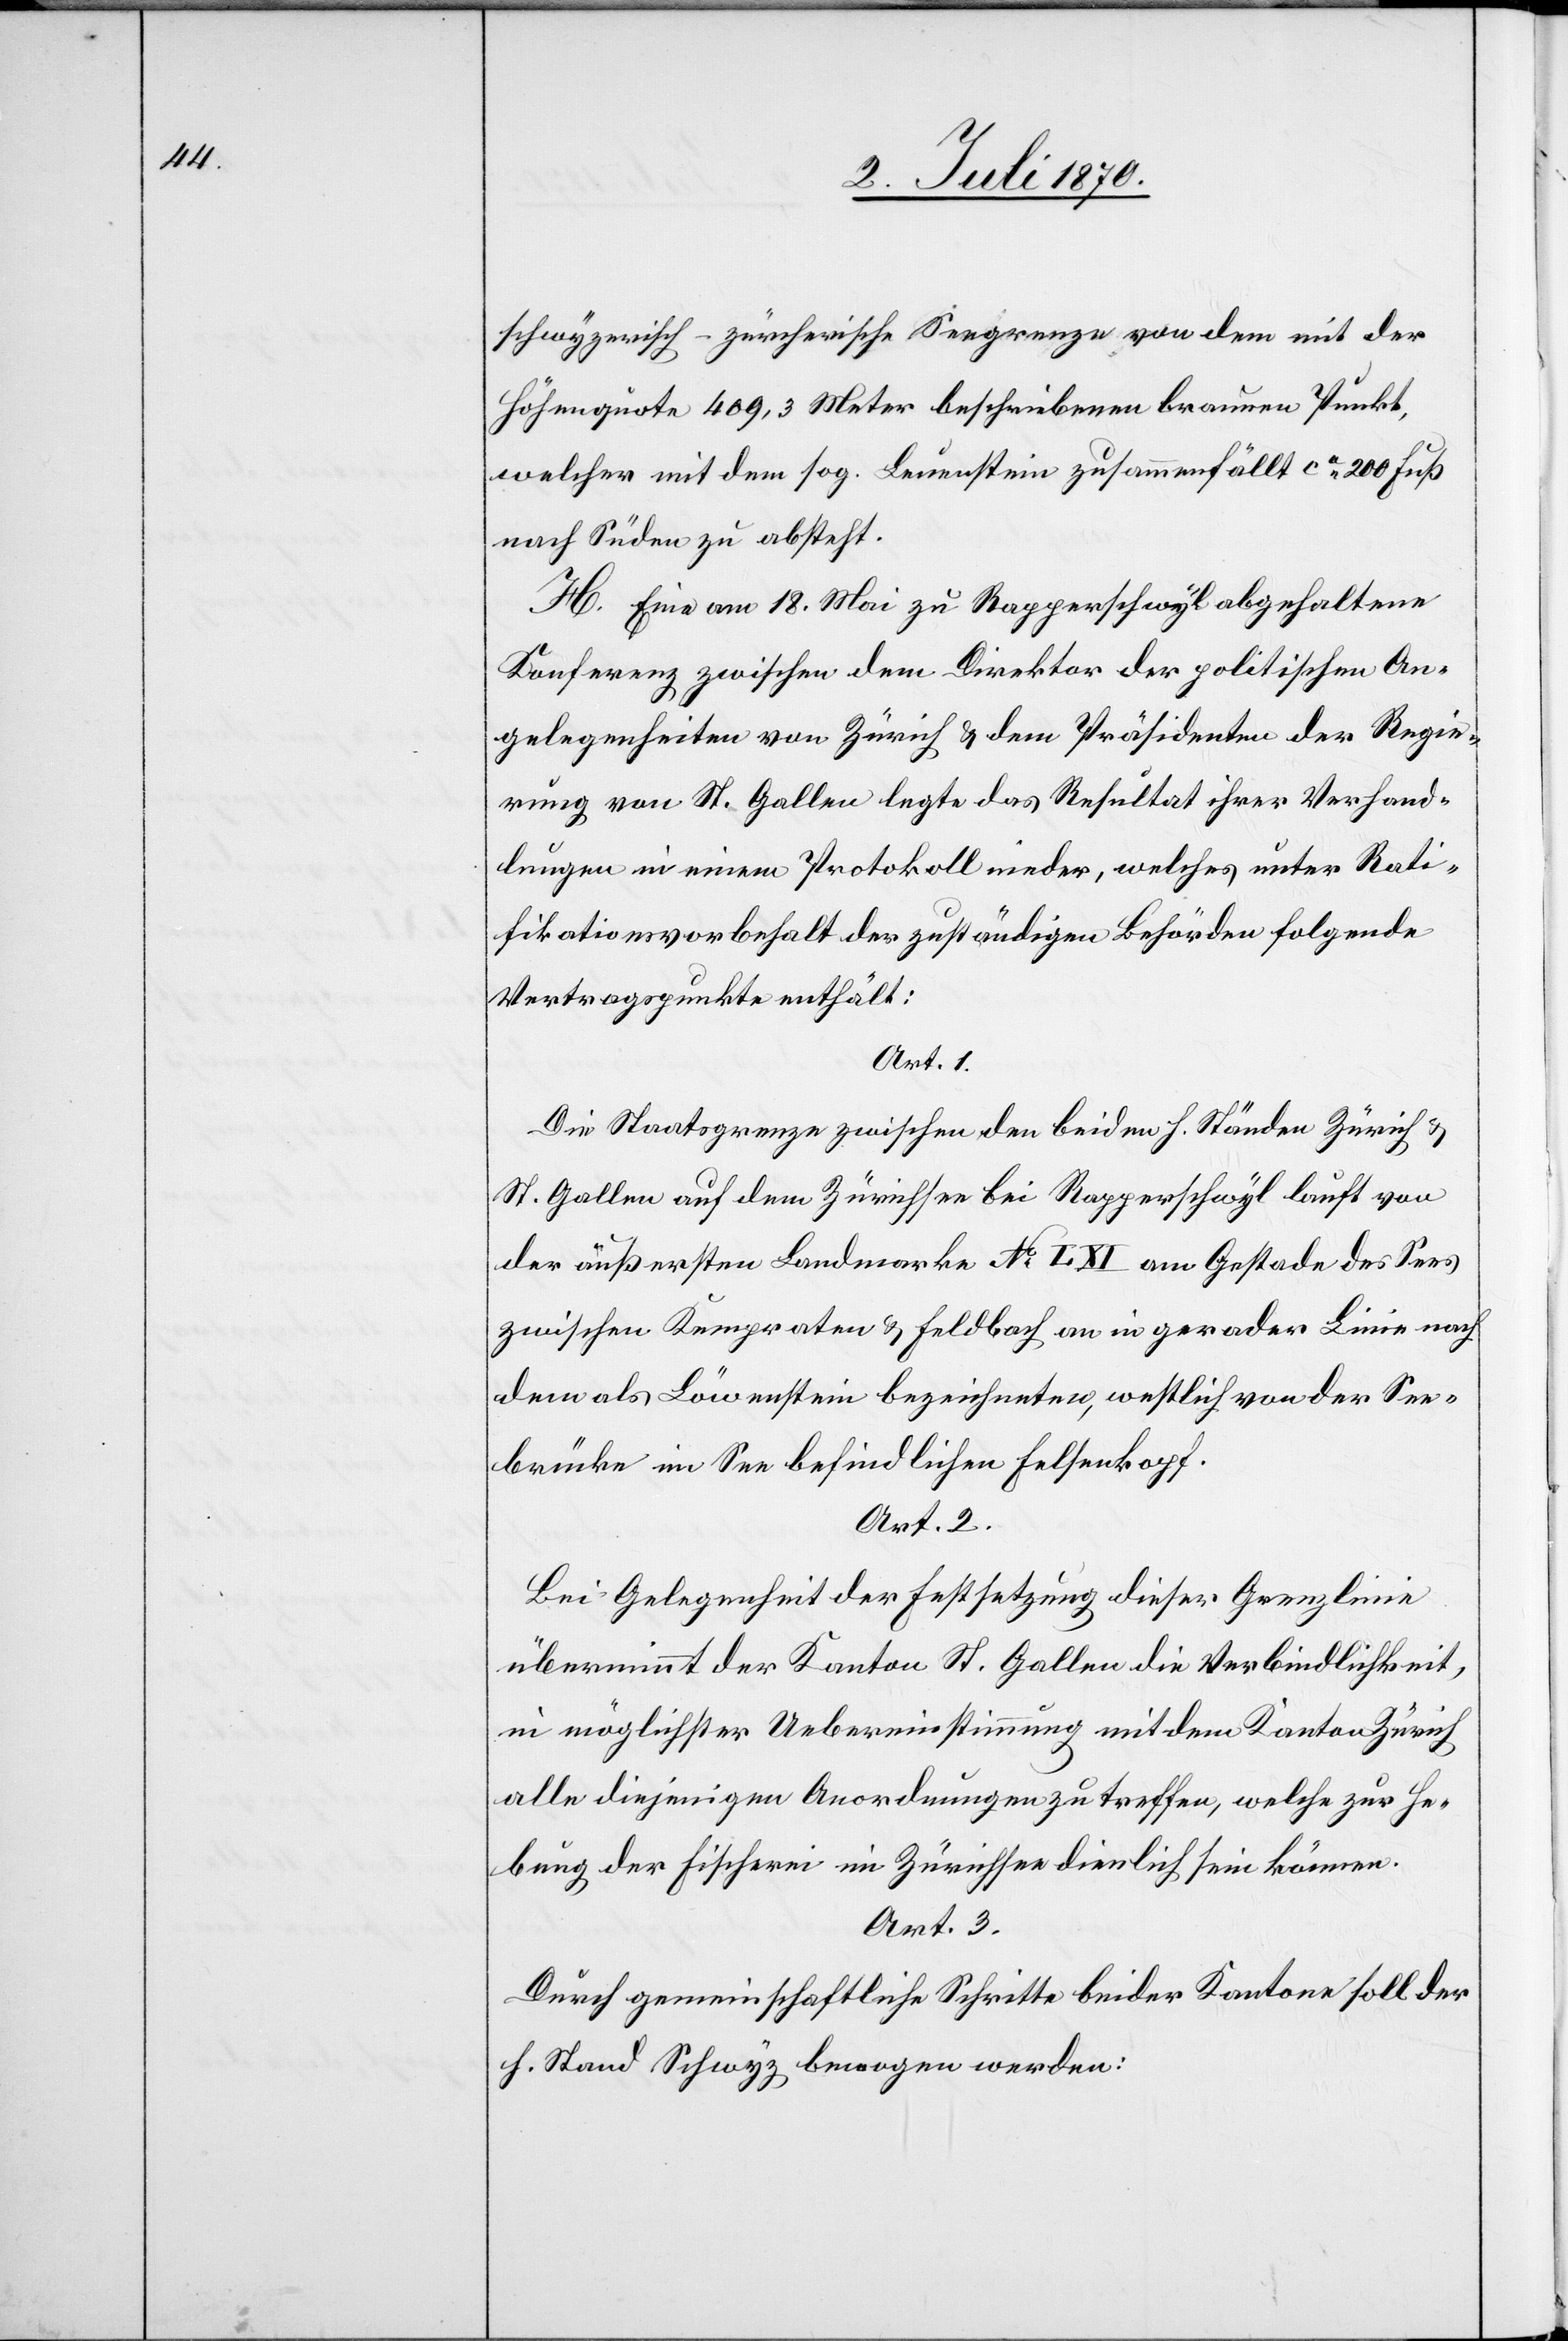
schwyzerisch-zürcherische Seegrenze von dem mit der
Höhenquote 409,3 Meter beschriebenen braunen Punkt,
welcher mit dem sog. Leuenstein zusammenfällt ca 200 Fuß
nach Süden zu absteht.
H. Eine am 18. Mai zu Rapperschwyl abgehaltene
Konferenz wischen dem Direktor der politischen An¬
gelegenheiten von Zürich & dem Präsidenten der Regie¬
rung von St. Gallen legte das Resultat ihrer Verhand¬
lungen in einem Protokoll nieder, welches unter Rati¬
fikationsvorbehalt der zuständigen Behörden folgende
Vertragspunkte enthält:
Art. 1.
Die Staatsgrenze zwischen den beiden h. Ständen Zürich &
St. Gallen auf dem Zürichsee bei Rapperschwyl läuft von
der äußersten Landmarke No I. XI am Gestade des Sees
zwischen Kempraten & Feldbach an in gerader Linie nach
dem als Löwenstein bezeichneten, westlich von der See¬
brücke im See befindlichen Felsenkopf.
Art. 2.
Bei Gelegenheit der Festsetzung dieser Grenzlinie
übernimmt der Kanton St. Gallen die Verbindlichkeit,
in möglichster Uebereinstimmung mit dem Kanton Zürich
alle diejenigen Anordnungen zu treffen, welche zur He¬
bung der Fischerei im Zürichsee dienlich sein können.
Art. 3.
Durch gemeinschaftliche Schritte beider Kantone soll der
h. Stand Schwyz bewogen werden: